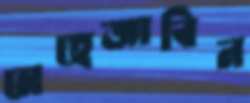
মেহেজাবিন